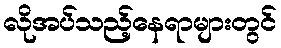
လိုအပ်သည့်နေရာများတွင်